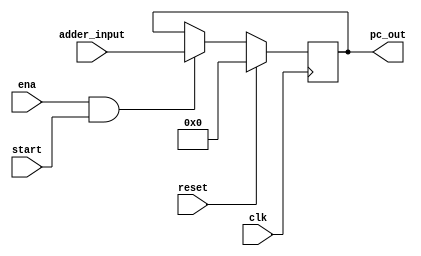
`timescale 1ns / 1ps
//////////////////////////////////////////////////////////////////////////////////
//	Alumnos:
//				 Ortmann, Nestor Javier
// 				 Trejo, Bruno Guillermo
// Year: 		 2018
// Module Name: PC
//////////////////////////////////////////////////////////////////////////////////
module PC
    #(
        parameter len_addr = 11  
    )
    (
        input clk,
        input ena,              // Enable para copiar valor de la entrada del PC a la salida
        input [len_addr-1:0]adder_input,      // Aumenta el valor del PC.
        input reset,            // Reinicia el PC a cero.
        input start,            //Flag que habilita el comienzo de ejecucion

        output reg [len_addr-1 : 0] pc_out = 0 // Direccion que se leera de PROGRAM_MEM
    );

    always @(negedge clk) // Podria hacer posedge aca?
    begin
        if(reset)
        begin
          pc_out = 0;
        end
        else if(ena && start)
        begin
          pc_out = adder_input;
        end
    end    

endmodule